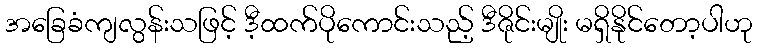
အခြေခံကျလွန်းသဖြင့် ဒီ့ထက်ပိုကောင်းသည့် ဒီဇိုင်းမျိုး မရှိနိုင်တော့ပါဟု